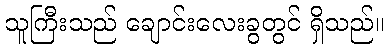
သူကြီးသည် ချောင်းလေးခွတွင် ရှိသည်။